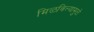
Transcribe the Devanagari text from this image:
मिळविल्यामुळे